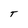
Character: T